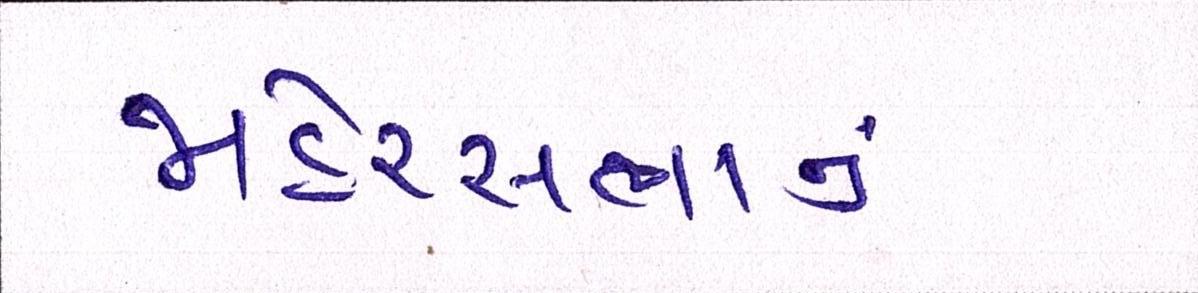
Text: જાહેરસભાનું